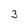
Character: 3